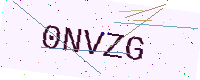
Text: 0NVZG